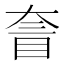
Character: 𡙄